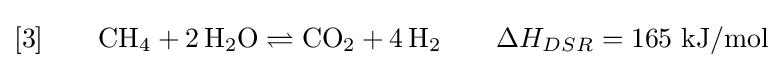
[3]\qquad \mathrm {CH} _{4}+2\,\mathrm {H} _{2}\mathrm {O} \rightleftharpoons \mathrm {CO} _{2}+4\,\mathrm {H} _{2}\qquad \Delta H_{DSR}=165\ \mathrm {kJ/mol}